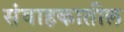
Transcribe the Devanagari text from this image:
संवाहकातील